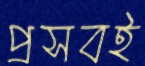
প্রসবই